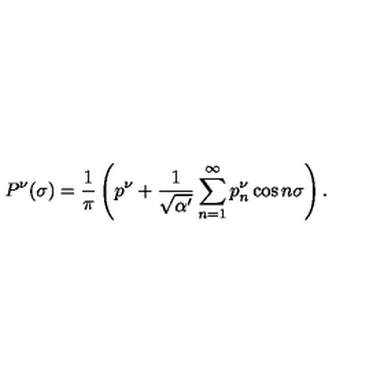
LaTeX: P ^ { \nu } ( \sigma ) = \frac { 1 } { \pi } \left( p ^ { \nu } + \frac { 1 } { \sqrt { \alpha ^ { \prime } } } \sum _ { n = 1 } ^ { \infty } p _ { n } ^ { \nu } \cos n \sigma \right) .